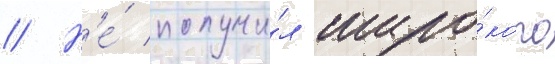
// Н'е́ получи́л широ́кого